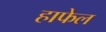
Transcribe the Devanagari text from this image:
हाफेल